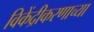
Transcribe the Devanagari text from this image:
विकेंद्रीकरणाच्या